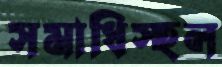
সমাধিস্হল